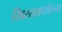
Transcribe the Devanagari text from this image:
खिरसरापर्यंतच्या